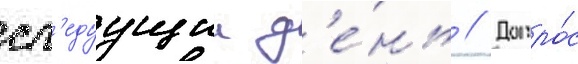
сл'едуущии д'е́нь // Допро́с